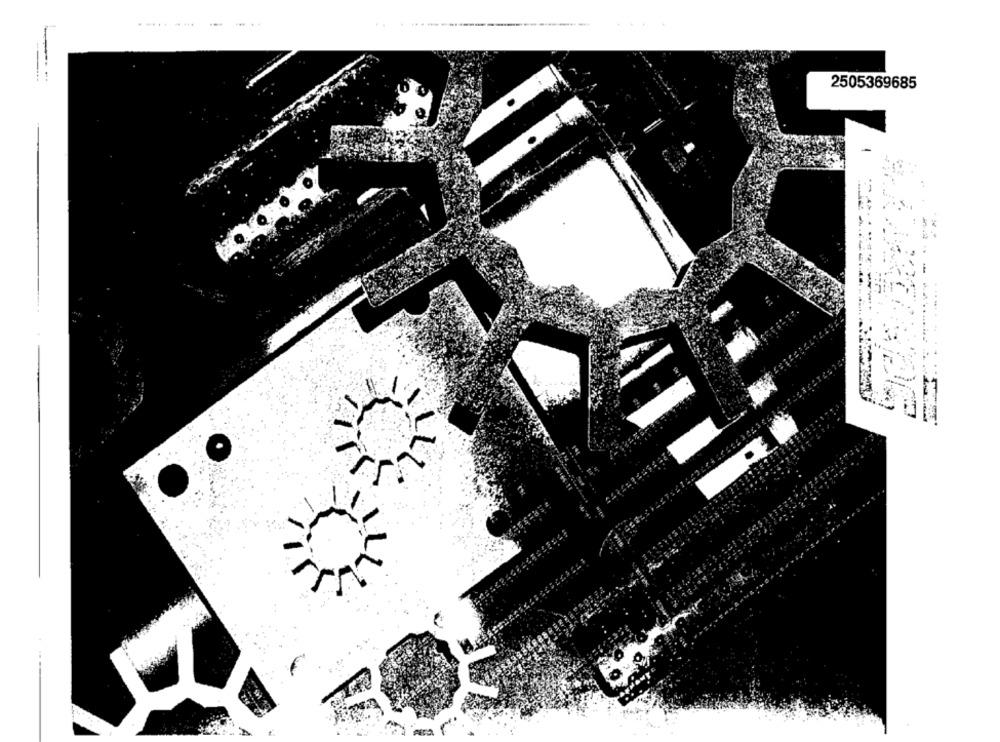
..... .....
2505369685